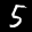
Label: 5